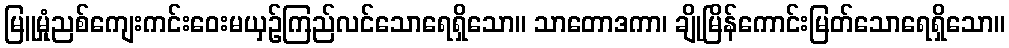
မြူမှုံညစ်ကျေးကင်းဝေးမယှဉ်ကြည်လင်သောရေရှိသော။ သာတောဒကာ၊ ချိုမြိန်ကောင်းမြတ်သောရေရှိသော။